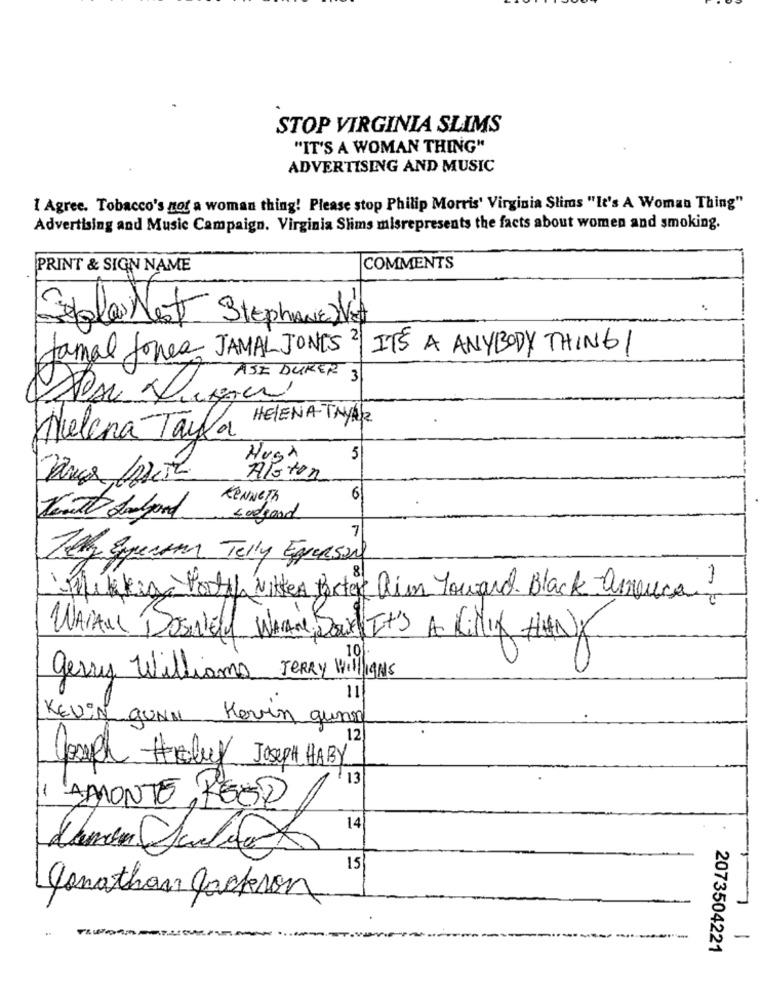
STOP VIRGINIA SLIMS
"IT'S A WOMAN THING"
ADVERTISING AND MUSIC
I Agree. Tobacco's not a woman thing! Please stop Philip Morris' Virginia Slims "It's A Woman Thing"
Advertising and Music Campaign. Virginia Slims misrepresents the facts about women and smoking.
PRINT & SIGN NAME
COMMENTS
Seglas Nost Stephanie DVA
Jamal Jones JAMAL JONES 2| IT'S A ANYBODY THING /
ASE DURER 3
HELENA-TNYÁR
Helena Tayla
Hugh
5
Alston
KENNETH
6
Googand
7
Tely Expecton Telly Eperson
Plekken Party vikten Portare Rim Youare Black -Arouca?
WASALL BOSNIEN WHEN Band It's A CiNIK HANY
10]
gerry Williama Jerry will/1995
11
KEVIN GUNN Kevin gunn
12
Cassel Haly JosepHABY
13
LAMONTE REED
14
15
Jonathan Jackson
-
2073504221